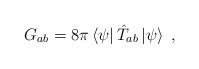
\begin{align*}G_{ab}=8\pi\left<\psi\right|\hat T_{ab}\left|\psi\right>\;,\end{align*}